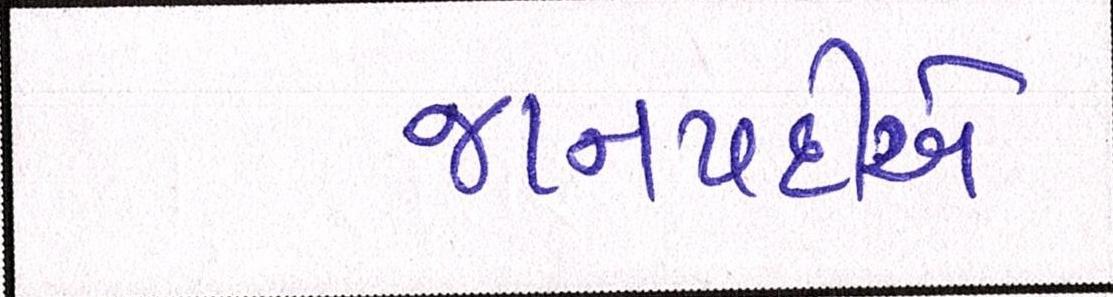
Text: જાનપદીએ